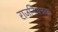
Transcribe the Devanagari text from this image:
राजनियंत्रक